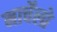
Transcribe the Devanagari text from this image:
मार्चेलो